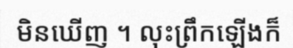
មិនឃើញ ។ លុះព្រឹកឡើងក៏